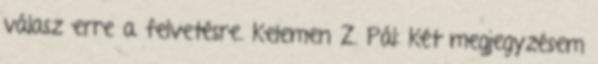
válasz erre a felvetésre. Kelemen Z. Pál: Két megjegyzésem